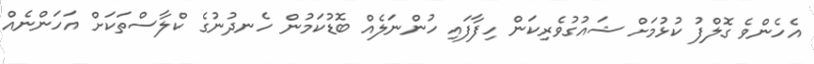
އެހެންވެ ގޮލްފު ކުޅުމަށް ޝައުގުވެރިކަން ހިފާފައި ހުންނަލެއް ބޮޑުކަމުން ހެނދުނުގެ ކްލާސްތަކަށް އަހަންނެއް